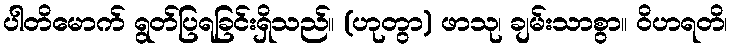
ပါတိမောက် ရွတ်ပြရခြင်းရှိသည်။ (ဟုတွာ) ဖာသု၊ ချမ်းသာစွာ။ ဝိဟရတိ၊